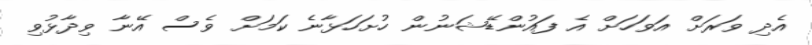
އެދި ވަރަށް އަވަހަށް އެ ފައުންޑޭޝަނުން ހުށަހަޅާނެ ކަމަށް ވެސް އޭނާ ވިދާޅުވި